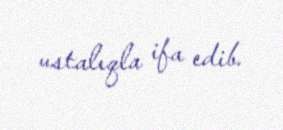
ustalıqla ifa edib.